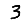
Digit: 3